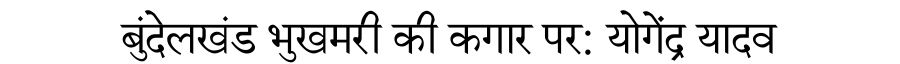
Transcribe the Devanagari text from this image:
बुंदेलखंड भुखमरी की कगार पर: योगेंद्र यादव